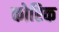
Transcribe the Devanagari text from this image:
कोरिक